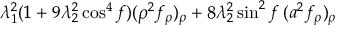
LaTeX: \lambda _ { 1 } ^ { 2 } ( 1 + 9 \lambda _ { 2 } ^ { 2 } \cos ^ { 4 } f ) ( \rho ^ { 2 } f _ { \rho } ) _ { \rho } + 8 \lambda _ { 2 } ^ { 2 } \sin ^ { 2 } f \: ( a ^ { 2 } f _ { \rho } ) _ { \rho }